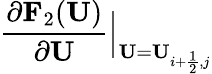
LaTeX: \frac{\partial\mathbf{F}_{2}(\mathbf{U})}{\partial\mathbf{U}}\Big|_{\mathbf{U}=\mathbf{U}_{i+\frac{1}{2},j}}